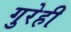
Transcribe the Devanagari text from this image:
गुरेही